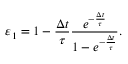
\varepsilon _ { 1 } = 1 - \frac { \Delta t } { \tau } \frac { e ^ { - \frac { \Delta t } { \tau } } } { 1 - e ^ { - \frac { \Delta t } { \tau } } } .